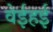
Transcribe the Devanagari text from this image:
वेईहई